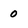
Character: 0